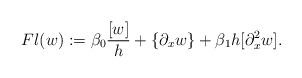
LaTeX: \begin{align*}Fl(w):=\beta_0 \frac{[w]}{h} +\{\partial_xw\}+\beta_1h[\partial_x^2 w].\end{align*}